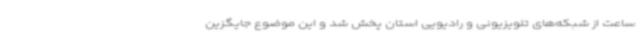
ساعت از شبکه‌های تلویزیونی و رادیویی استان پخش شد و این موضوع جایگزین